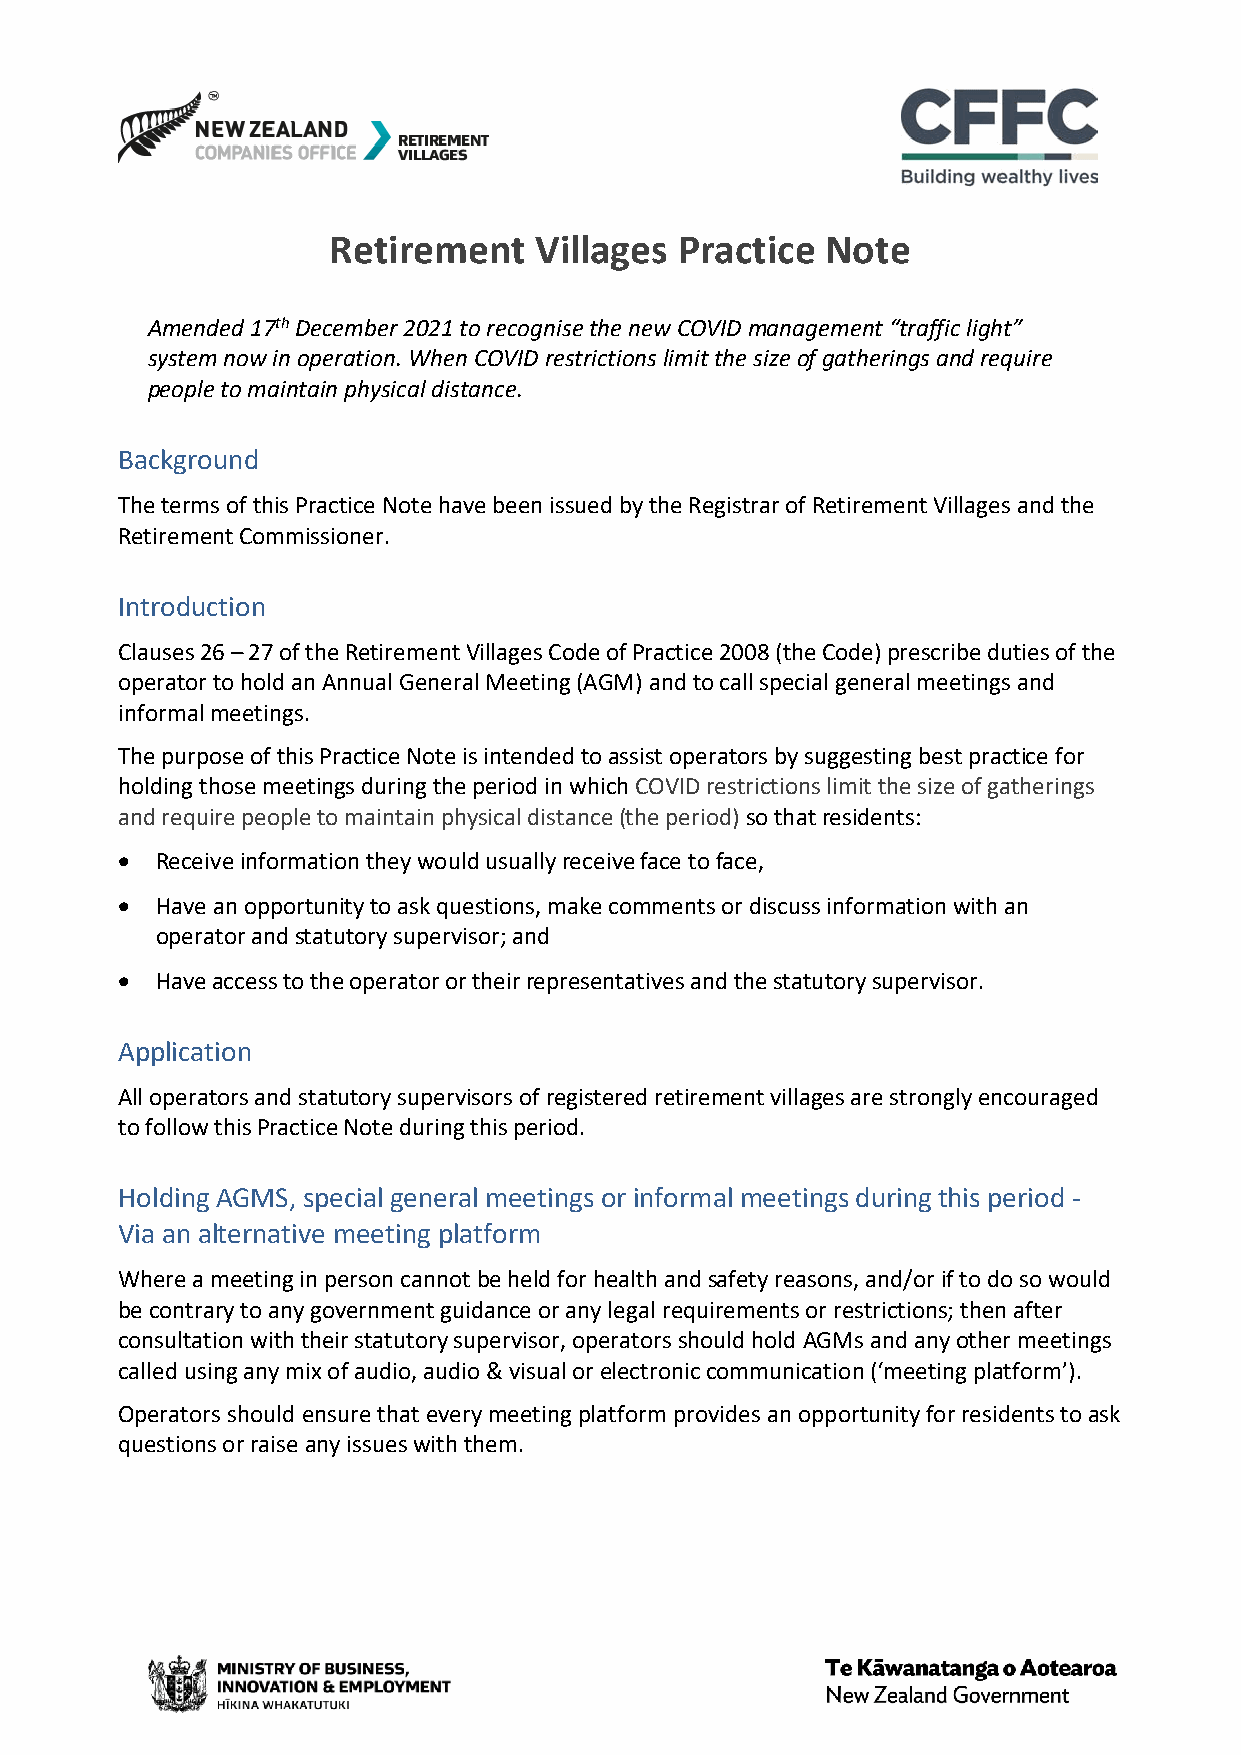
Retirement   Villages  Practice  Note
 Amended 17th December 2021 to recognise the new COVID management “traffic light”
 system now in operation. When COVID restrictions limit the size of gatherings and require
 people to maintain physical distance.
 Background
 The terms of this Practice Note have been issued by the Registrar of Retirement Villages and the
 Retirement Commissioner.
 Introduction
 Clauses 26 – 27 of the Retirement Villages Code of Practice 2008 (the Code) prescribe duties of the
 operator to hold an Annual General Meeting (AGM) and to call special general meetings and
 informal meetings.
 The purpose of this Practice Note is intended to assist operators by suggesting best practice for
 holding those meetings during the period in which COVID restrictions limit the size of gatherings
 and require people to maintain physical distance (the period) so that residents:
 • Receive information they would usually receive face to face,
 • Have an opportunity to ask questions, make comments or discuss information with an
 operator and statutory supervisor; and
 • Have access to the operator or their representatives and the statutory supervisor.
 Application
 All operators and statutory supervisors of registered retirement villages are strongly encouraged
 to follow this Practice Note during this period.
 Holding AGMS, special general meetings or informal meetings during this period -
 Via an alternative meeting platform
 Where a meeting in person cannot be held for health and safety reasons, and/or if to do so would
 be contrary to any government guidance or any legal requirements or restrictions; then after
 consultation with their statutory supervisor, operators should hold AGMs and any other meetings
 called using any mix of audio, audio & visual or electronic communication (‘meeting platform’).
 Operators should ensure that every meeting platform provides an opportunity for residents to ask
 questions or raise any issues with them.